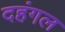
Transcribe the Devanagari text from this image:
दहंगल